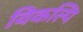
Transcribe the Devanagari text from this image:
विकल्पि